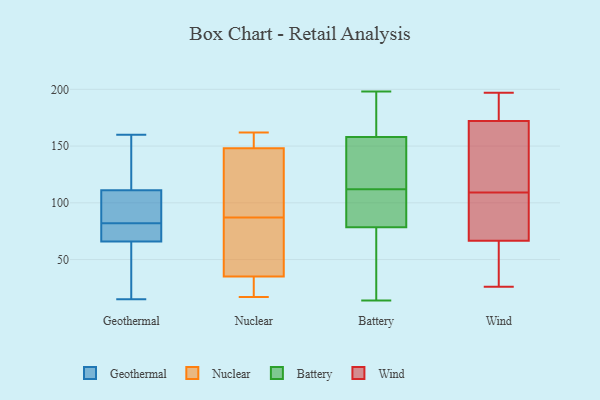
{"axis": {"x": "Gross Profit (USD K)", "y": "Value"}, "legend": ["Battery", "Geothermal", "Nuclear", "Wind"], "data": [{"x": "", "y": 68, "type": "Geothermal"}, {"x": "", "y": 50, "type": "Geothermal"}, {"x": "", "y": 66, "type": "Geothermal"}, {"x": "", "y": 71, "type": "Geothermal"}, {"x": "", "y": 105, "type": "Geothermal"}, {"x": "", "y": 57, "type": "Geothermal"}, {"x": "", "y": 91, "type": "Geothermal"}, {"x": "", "y": 135, "type": "Geothermal"}, {"x": "", "y": 15, "type": "Geothermal"}, {"x": "", "y": 87, "type": "Geothermal"}, {"x": "", "y": 111, "type": "Geothermal"}, {"x": "", "y": 131, "type": "Geothermal"}, {"x": "", "y": 160, "type": "Geothermal"}, {"x": "", "y": 77, "type": "Geothermal"}, {"x": "", "y": 87, "type": "Nuclear"}, {"x": "", "y": 20, "type": "Nuclear"}, {"x": "", "y": 148, "type": "Nuclear"}, {"x": "", "y": 51, "type": "Nuclear"}, {"x": "", "y": 116, "type": "Nuclear"}, {"x": "", "y": 17, "type": "Nuclear"}, {"x": "", "y": 23, "type": "Nuclear"}, {"x": "", "y": 50, "type": "Nuclear"}, {"x": "", "y": 151, "type": "Nuclear"}, {"x": "", "y": 162, "type": "Nuclear"}, {"x": "", "y": 39, "type": "Nuclear"}, {"x": "", "y": 148, "type": "Nuclear"}, {"x": "", "y": 130, "type": "Nuclear"}, {"x": "", "y": 41, "type": "Battery"}, {"x": "", "y": 198, "type": "Battery"}, {"x": "", "y": 96, "type": "Battery"}, {"x": "", "y": 14, "type": "Battery"}, {"x": "", "y": 93, "type": "Battery"}, {"x": "", "y": 173, "type": "Battery"}, {"x": "", "y": 85, "type": "Battery"}, {"x": "", "y": 59, "type": "Battery"}, {"x": "", "y": 58, "type": "Battery"}, {"x": "", "y": 181, "type": "Battery"}, {"x": "", "y": 185, "type": "Battery"}, {"x": "", "y": 127, "type": "Battery"}, {"x": "", "y": 129, "type": "Battery"}, {"x": "", "y": 153, "type": "Battery"}, {"x": "", "y": 110, "type": "Battery"}, {"x": "", "y": 128, "type": "Battery"}, {"x": "", "y": 112, "type": "Battery"}, {"x": "", "y": 45, "type": "Wind"}, {"x": "", "y": 169, "type": "Wind"}, {"x": "", "y": 121, "type": "Wind"}, {"x": "", "y": 164, "type": "Wind"}, {"x": "", "y": 193, "type": "Wind"}, {"x": "", "y": 196, "type": "Wind"}, {"x": "", "y": 175, "type": "Wind"}, {"x": "", "y": 164, "type": "Wind"}, {"x": "", "y": 26, "type": "Wind"}, {"x": "", "y": 85, "type": "Wind"}, {"x": "", "y": 197, "type": "Wind"}, {"x": "", "y": 88, "type": "Wind"}, {"x": "", "y": 81, "type": "Wind"}, {"x": "", "y": 97, "type": "Wind"}, {"x": "", "y": 52, "type": "Wind"}, {"x": "", "y": 40, "type": "Wind"}]}